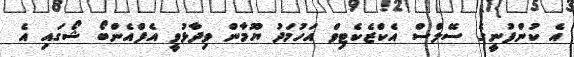
އެ ކުންފުނީގެ ސޭލްސް އެކްޒެކެޓިވް އަހުމަދު ޔޫމާން ވިދާޅުވީ އެފްއެންބޯ ޝޯގައި އެ